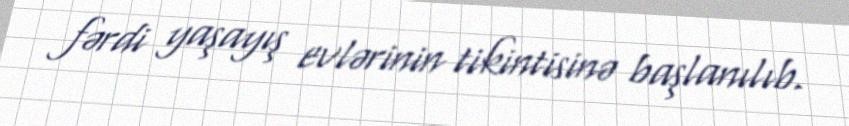
fərdi yaşayış evlərinin tikintisinə başlanılıb.